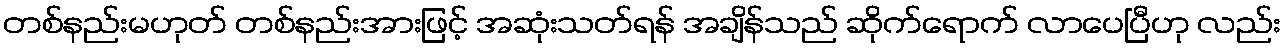
တစ်နည်းမဟုတ် တစ်နည်းအားဖြင့် အဆုံးသတ်ရန် အချိန်သည် ဆိုက်ရောက် လာပေပြီဟု လည်း